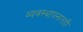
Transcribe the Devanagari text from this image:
व्यवस्थापनातही